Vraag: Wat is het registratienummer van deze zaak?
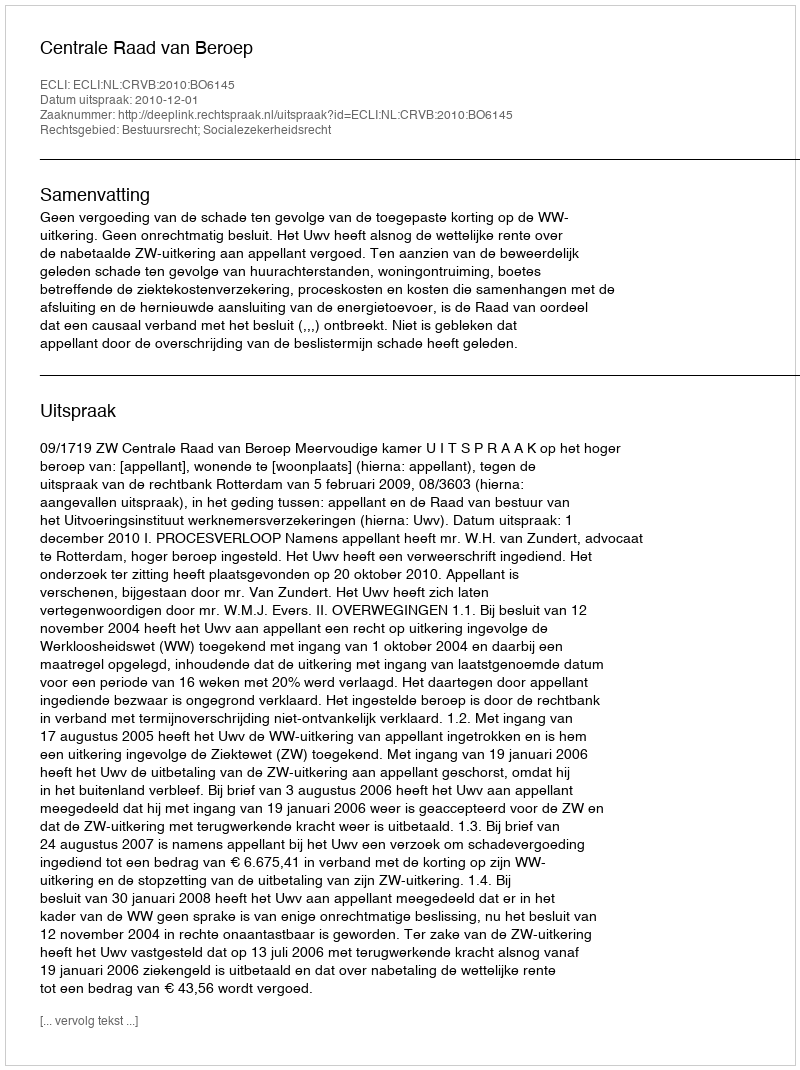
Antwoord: http://deeplink.rechtspraak.nl/uitspraak?id=ECLI:NL:CRVB:2010:BO6145